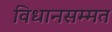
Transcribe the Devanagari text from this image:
विधानसम्मत